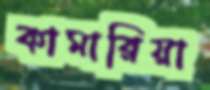
কামারিয়া